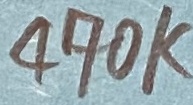
Text: 470K